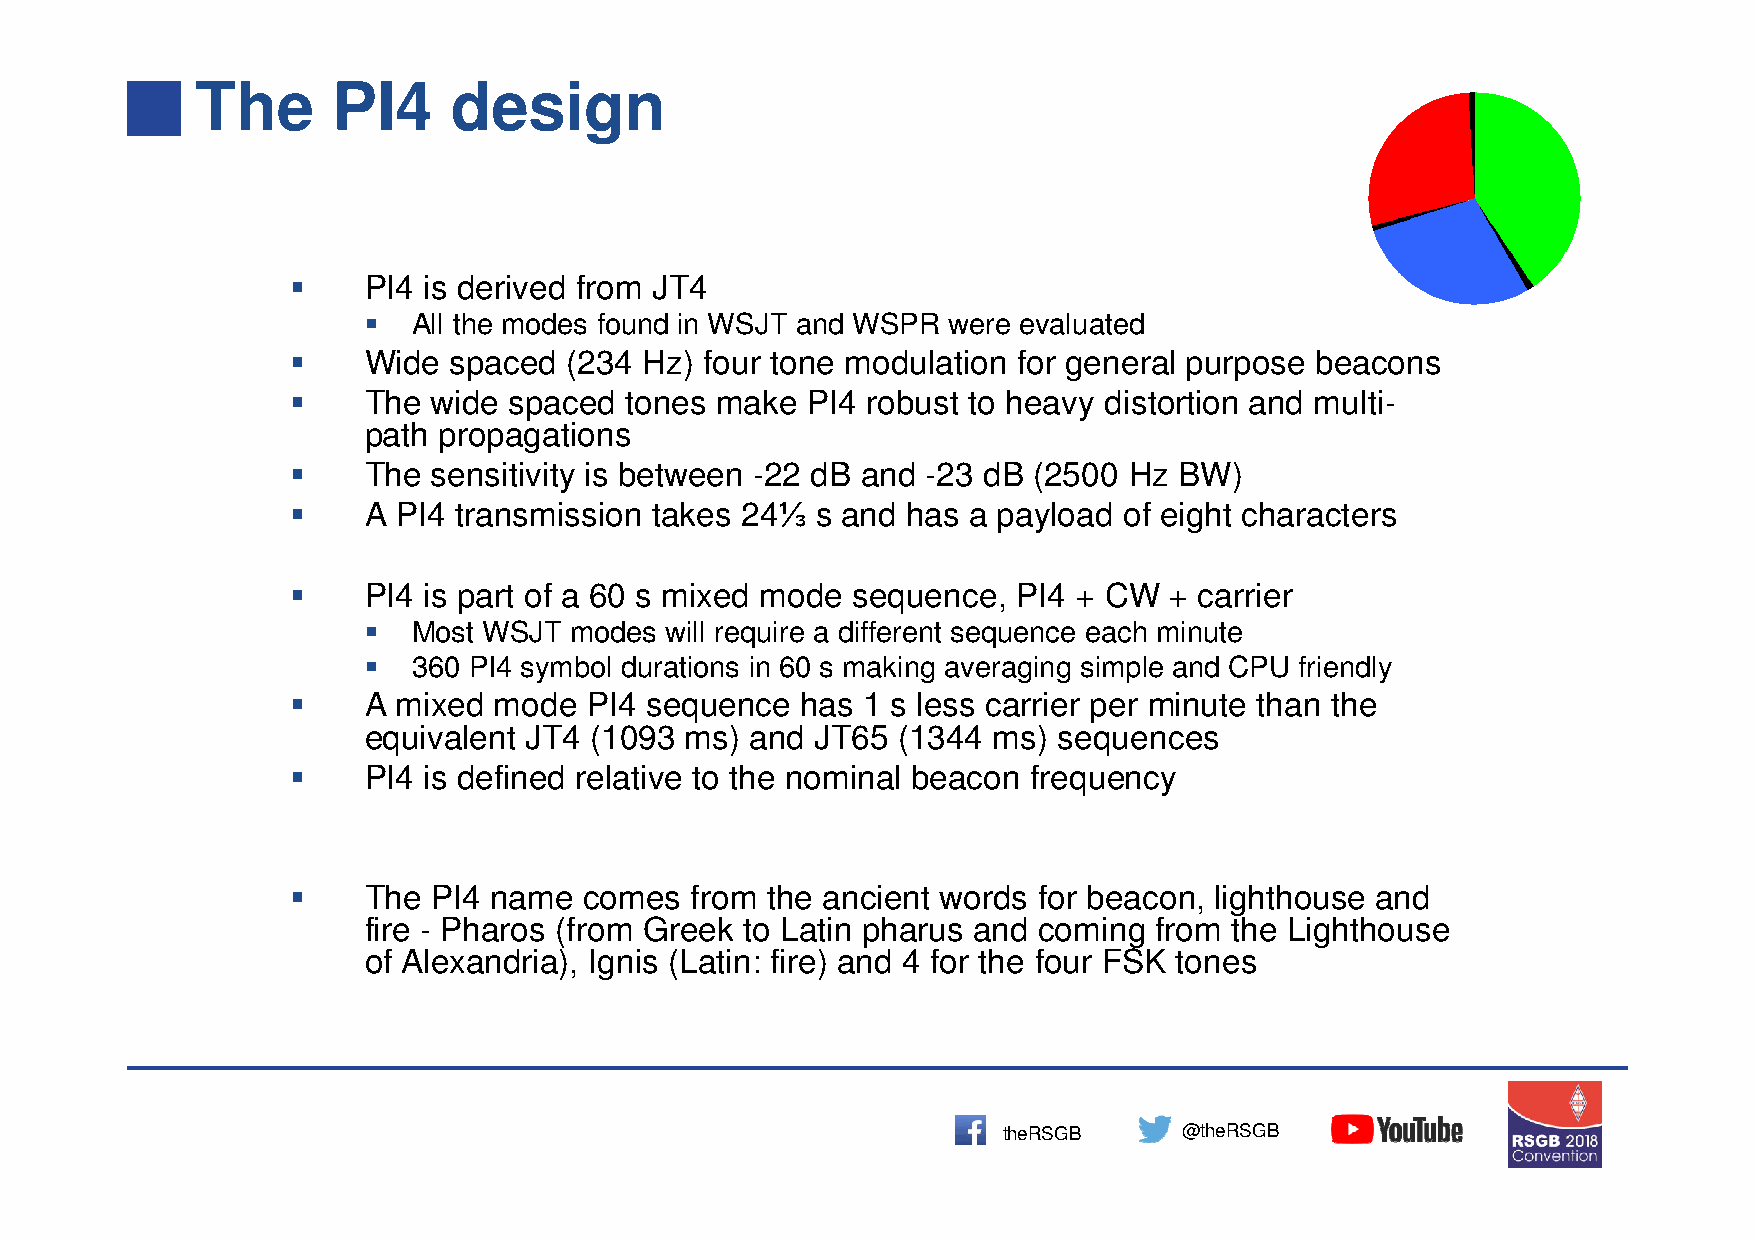
The      PI4     design
 
 PI4 is derived from JT4
 
 All the modes found in WSJT and WSPR were evaluated
 
 Wide  spaced  (234 Hz) four tone modulation for general purpose beacons
 
 The  wide spaced tones make  PI4 robust to heavy distortion and multi-
 path propagations
 
 The  sensitivity is between -22 dB and -23 dB (2500 Hz BW)
                                 ⅓
 A PI4 transmission takes 24   s and has a payload of eight characters
 
 PI4 is part of a 60 s mixed mode sequence, PI4 + CW  + carrier
 
 Most WSJT  modes will require a different sequence each minute
 
 360 PI4 symbol durations in 60 s making averaging simple and CPU friendly
 
 A mixed  mode  PI4 sequence  has 1 s less carrier per minute than the
 equivalent JT4 (1093 ms)  and JT65 (1344  ms) sequences
 
 PI4 is defined relative to the nominal beacon frequency
 
 The  PI4 name  comes  from the ancient words for beacon, lighthouse and
 fire - Pharos (from Greek to Latin pharus and coming from the Lighthouse
 of Alexandria), Ignis (Latin: fire) and 4 for the four FSK tones
 theRSGB     @theRSGB